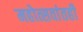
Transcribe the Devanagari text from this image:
महोत्सवांतही